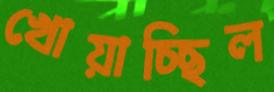
খোয়াচ্ছিল